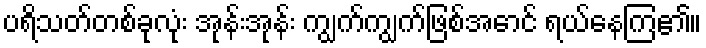
ပရိသတ်တစ်ခုလုံး အုန်းအုန်း ကျွက်ကျွက်ဖြစ်အောင် ရယ်နေကြ၏။